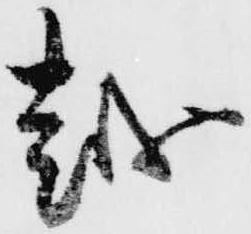
越